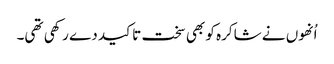
اُنھوں نے شاکرہ کو بھی سخت تاکید دے رکھی تھی۔